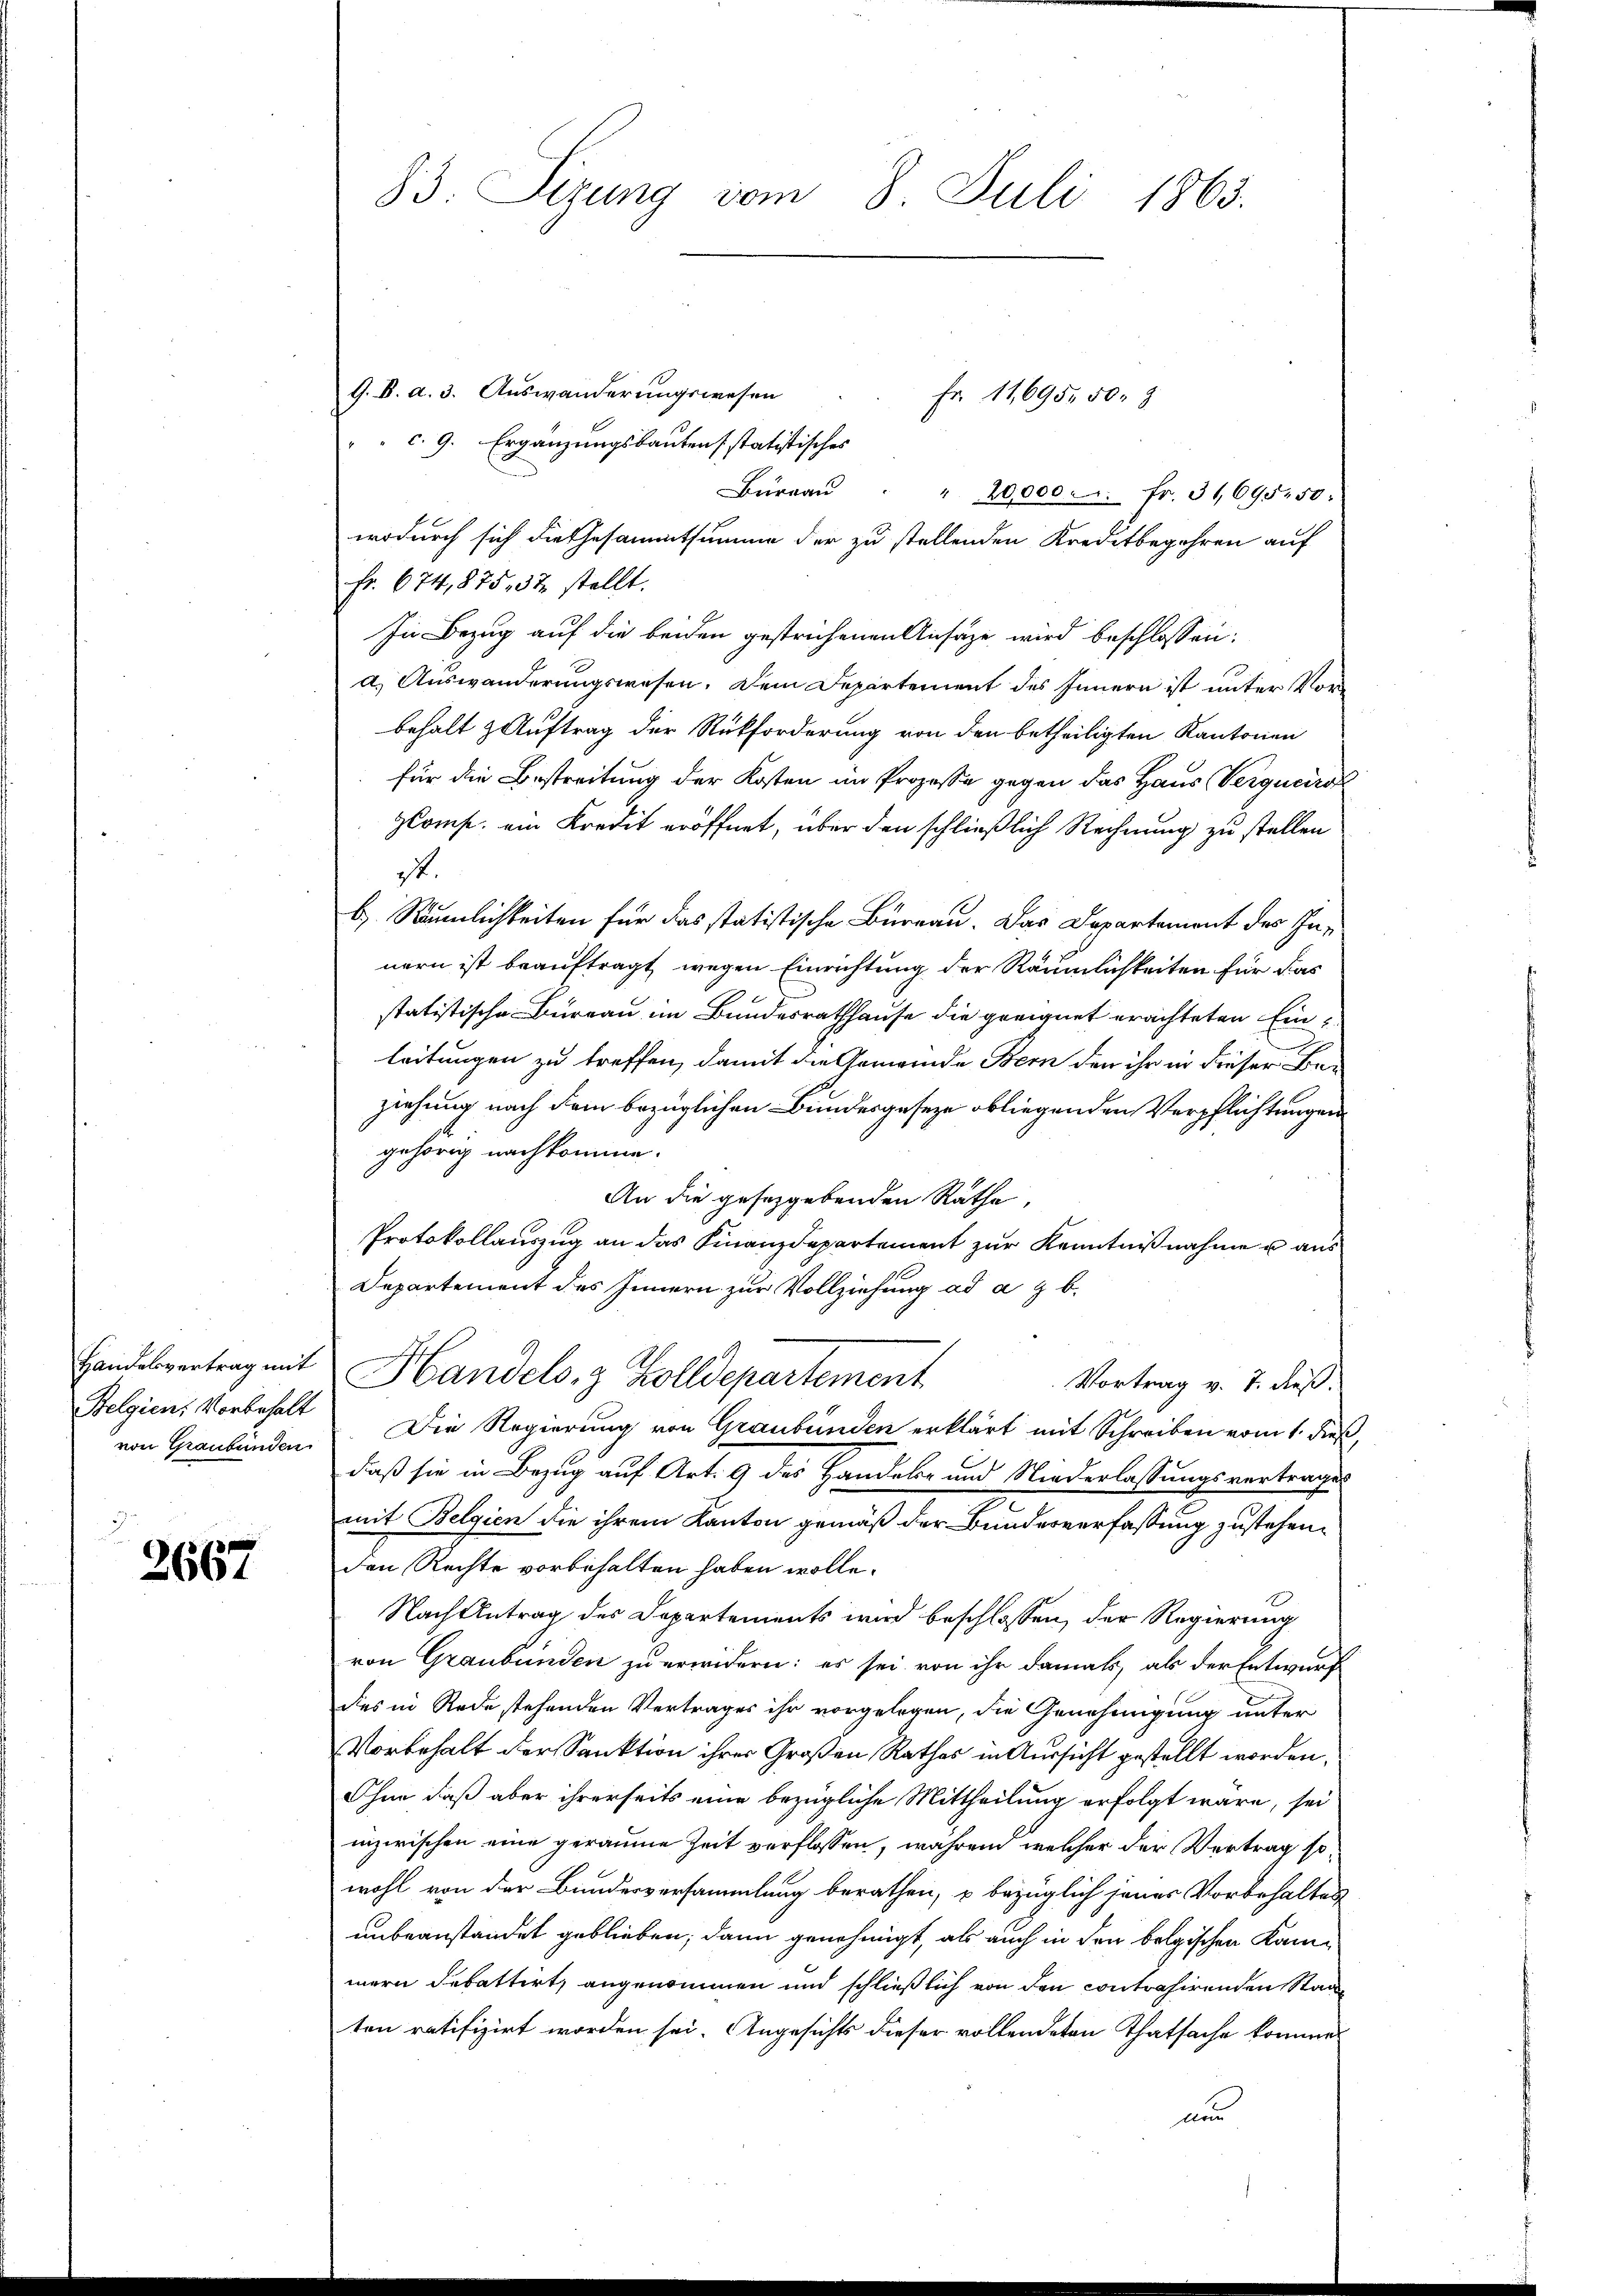
Belgien, Vorbehalt

2667

83. Sizung vom 8. Juli 1863.

G. B. d. 3. Auswanderungswesen
Fr. 11,695. 50. 3
 c. 9. Ergänzungsbautens statistisches
Burgau
" 20,000 fr. 3169550:
wodurch sich die Gesammtsumme der zu stellenden Kreditbegehren auf
Fr. 674, 875, 32 stellt.
In Bezug auf die beiden gestrichenen Ansätze wird beschlossen:
a. Auswanderungswesen. Dem Departement des Innern ist unter Vorbehalt & Auftrag der Rückforderung von den betheiligten Kantonen
für die Bestreitung der Kosten im Prozesse gegen das Haus Verguciret
zloms, ein Kredit eröffnet, über den schließlich Rechnung zu stellen
st.
b) Räumlichkeiten für das statistische Büreau. Das Departement des Innern ist beauftragt, wegen Einrichtung der Räumlichkeiten für das
statistische Bureau im Bundesrathhause die geeignet erachteten Einleitungen zu treffen, damit die Gemeinde Bern den ihr in dieser Be-
ziehung nach dem bezüglichen Bundesgeseze obliegenden Verpflichtungen
gehörig nachkomme.
An die gesetzgebenden Räthe,
Protokollauszug an das Finanzdepartement zur Kenntnißnahme u aus
Departement des Innern zur Vollziehung ad a. g. b.
Handesvertrag mit Handels. z. Zolldepartement
Vortrag v. 7. dieß.
von Graubünden. Die Regierung von Graubünden erklärt mit Schreiben vom 1. dieß
daß sie in Bezug auf Art. 9 des Handels- und Niederlassungsvertrages
mit Belgien die ihrem Kanton gemäß der Bundesverfassung zustehenden Rechte vorbehalten haben wolle.
Nach Antrag des Departements wird beschlossen, der Regierung
von Graubünden zu erwidern: es sei von ihr damals, als der Entwurf
des in Rede stehenden Vertrages ihr vorgelegen, die Genehmigung unter
Vorbehalt der Sanktion ihrer Großen Rathes in Aussicht gestellt worden.
Ohne daß aber ihrerseits eine bezügliche Mittheilung erfolgt wäre, sei
inzwischen eine geraume Zeit verflossen, während welcher der Vertrag sowohl von der Bundesversammlung berathen, u bezüglich jenes Vorbehalten
unbeanstandet geblieben, dann genehmigt, als auch in den belgischen Kammern debattirt, angenommen und schließlich von den contrahirenden Staate
ten ratifizirt worden sei. Angesichts dieser vollendeten Thatsache kommen
nun